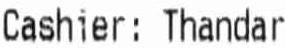
CASHIER: THANDAR